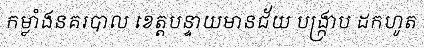
កម្លាំងនគរបាល ខេត្តបន្ទាយមានជ័យ បង្ក្រាប ដកហូត